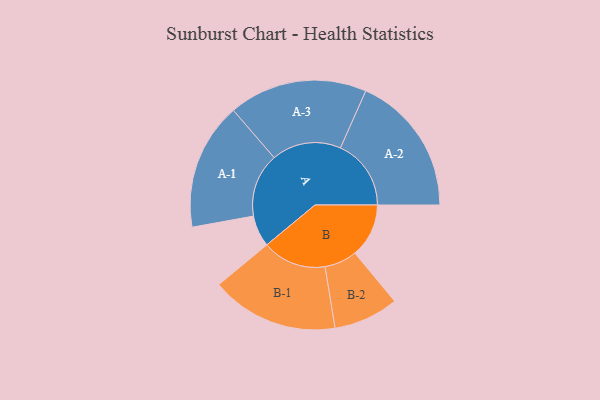
{"axis": {"x": "Segment", "y": "Value"}, "legend": ["", "A", "B"], "data": [{"x": "A", "y": 116, "type": ""}, {"x": "B", "y": 199, "type": ""}, {"x": "A-1", "y": 235, "type": "A"}, {"x": "A-2", "y": 261, "type": "A"}, {"x": "A-3", "y": 256, "type": "A"}, {"x": "B-1", "y": 236, "type": "B"}, {"x": "B-2", "y": 120, "type": "B"}]}